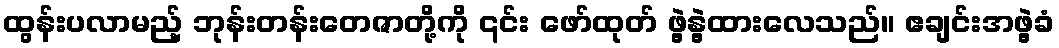
ထွန်းပလာမည့် ဘုန်းတန်းတေဇာတို့ကို ၎င်း ဖော်ထုတ် ဖွဲ့နွဲ့ထားလေသည်။ ဧချင်းအဖွဲ့ခံ